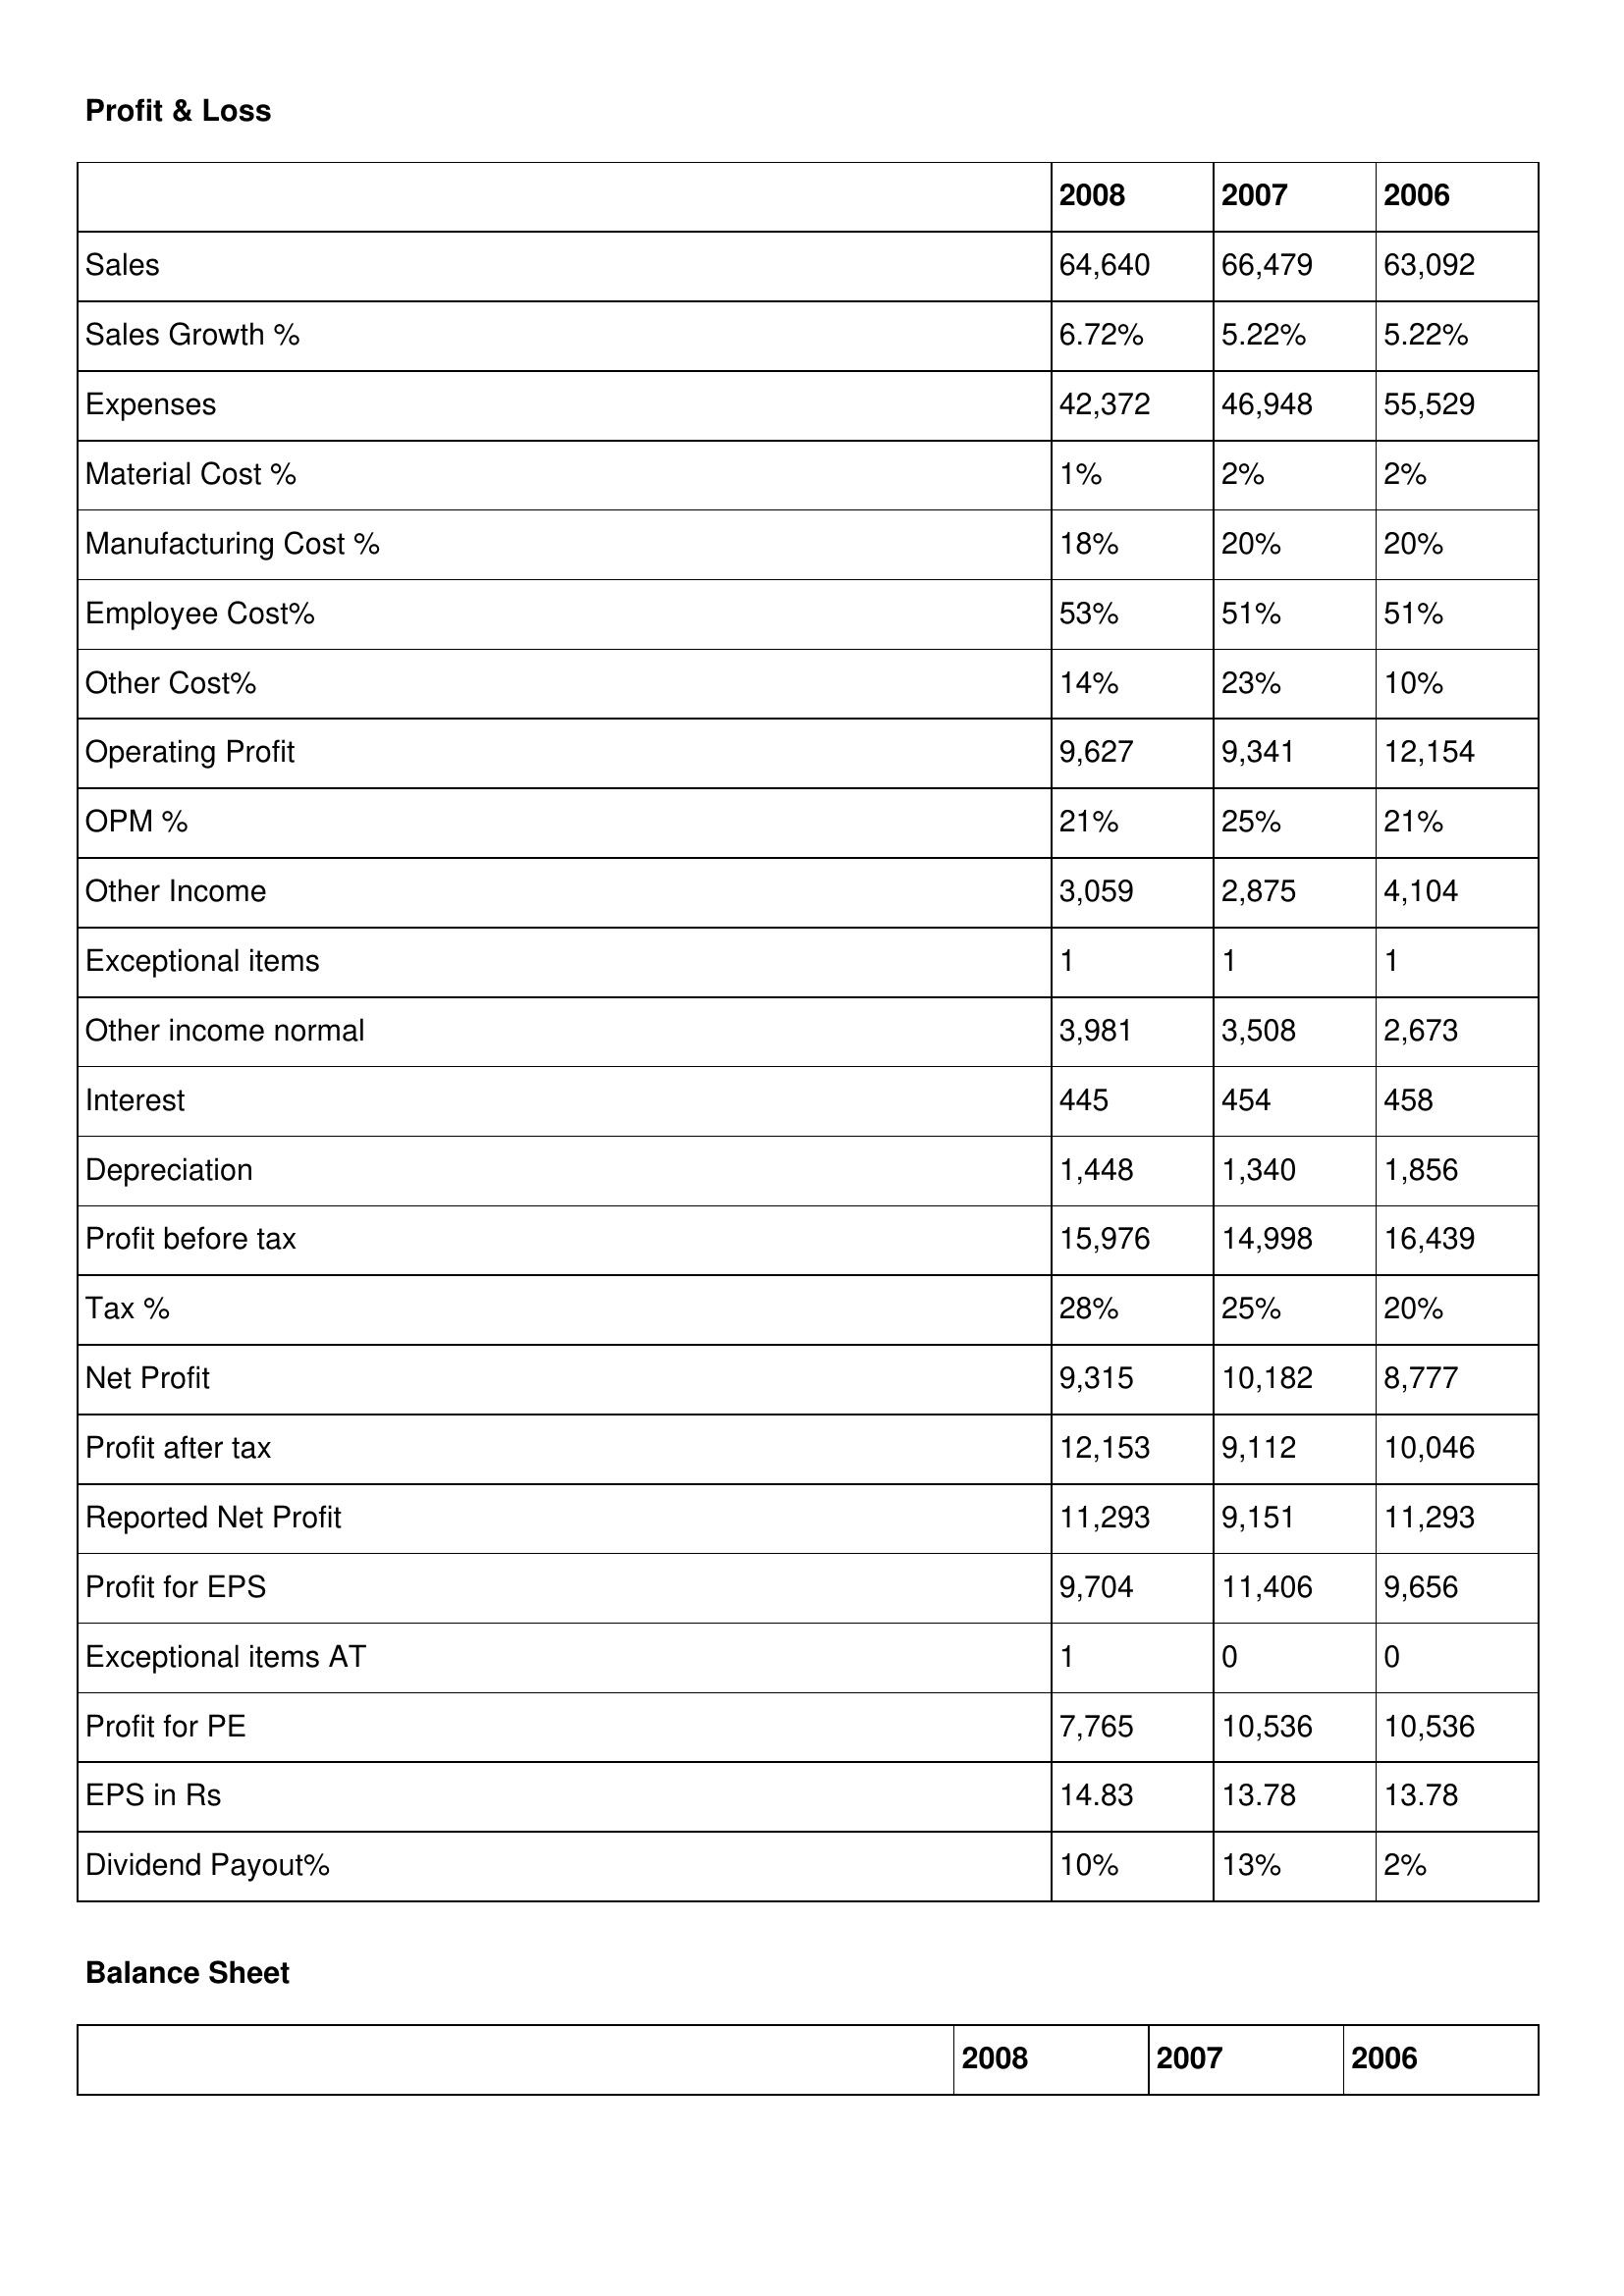
gt_parse: 2008: Profit & Loss: Sales: 64,640
Sales Growth %: 6.72%
Expenses: 42,372
Material Cost %: 1%
Manufacturing Cost %: 18%
Employee Cost%: 53%
Other Cost%: 14%
Operating Profit: 9,627
OPM %: 21%
Other Income: 3,059
Exceptional items: 1
Other income normal: 3,981
Interest: 445
Depreciation: 1,448
Profit before tax: 15,976
Tax %: 28%
Net Profit: 9,315
Profit after tax: 12,153
Reported Net Profit: 11,293
Profit for EPS: 9,704
Exceptional items AT: 1
Profit for PE: 7,765
EPS in Rs: 14.83
Dividend Payout%: 10%
2007: Profit & Loss: Sales: 66,479
Sales Growth %: 5.22%
Expenses: 46,948
Material Cost %: 2%
Manufacturing Cost %: 20%
Employee Cost%: 51%
Other Cost%: 23%
Operating Profit: 9,341
OPM %: 25%
Other Income: 2,875
Exceptional items: 1
Other income normal: 3,508
Interest: 454
Depreciation: 1,340
Profit before tax: 14,998
Tax %: 25%
Net Profit: 10,182
Profit after tax: 9,112
Reported Net Profit: 9,151
Profit for EPS: 11,406
Exceptional items AT: 0
Profit for PE: 10,536
EPS in Rs: 13.78
Dividend Payout%: 13%
2006: Profit & Loss: Sales: 63,092
Sales Growth %: 5.22%
Expenses: 55,529
Material Cost %: 2%
Manufacturing Cost %: 20%
Employee Cost%: 51%
Other Cost%: 10%
Operating Profit: 12,154
OPM %: 21%
Other Income: 4,104
Exceptional items: 1
Other income normal: 2,673
Interest: 458
Depreciation: 1,856
Profit before tax: 16,439
Tax %: 20%
Net Profit: 8,777
Profit after tax: 10,046
Reported Net Profit: 11,293
Profit for EPS: 9,656
Exceptional items AT: 0
Profit for PE: 10,536
EPS in Rs: 13.78
Dividend Payout%: 2%